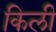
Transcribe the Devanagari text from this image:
किली